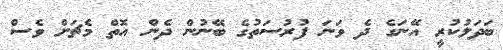
ބަދަލުކުރީ އޭނަގެ ދެ ވަނަ ފުރުސަތުގެ ބޭނުން ދެން އޮތް މެޗަށް ވެސް